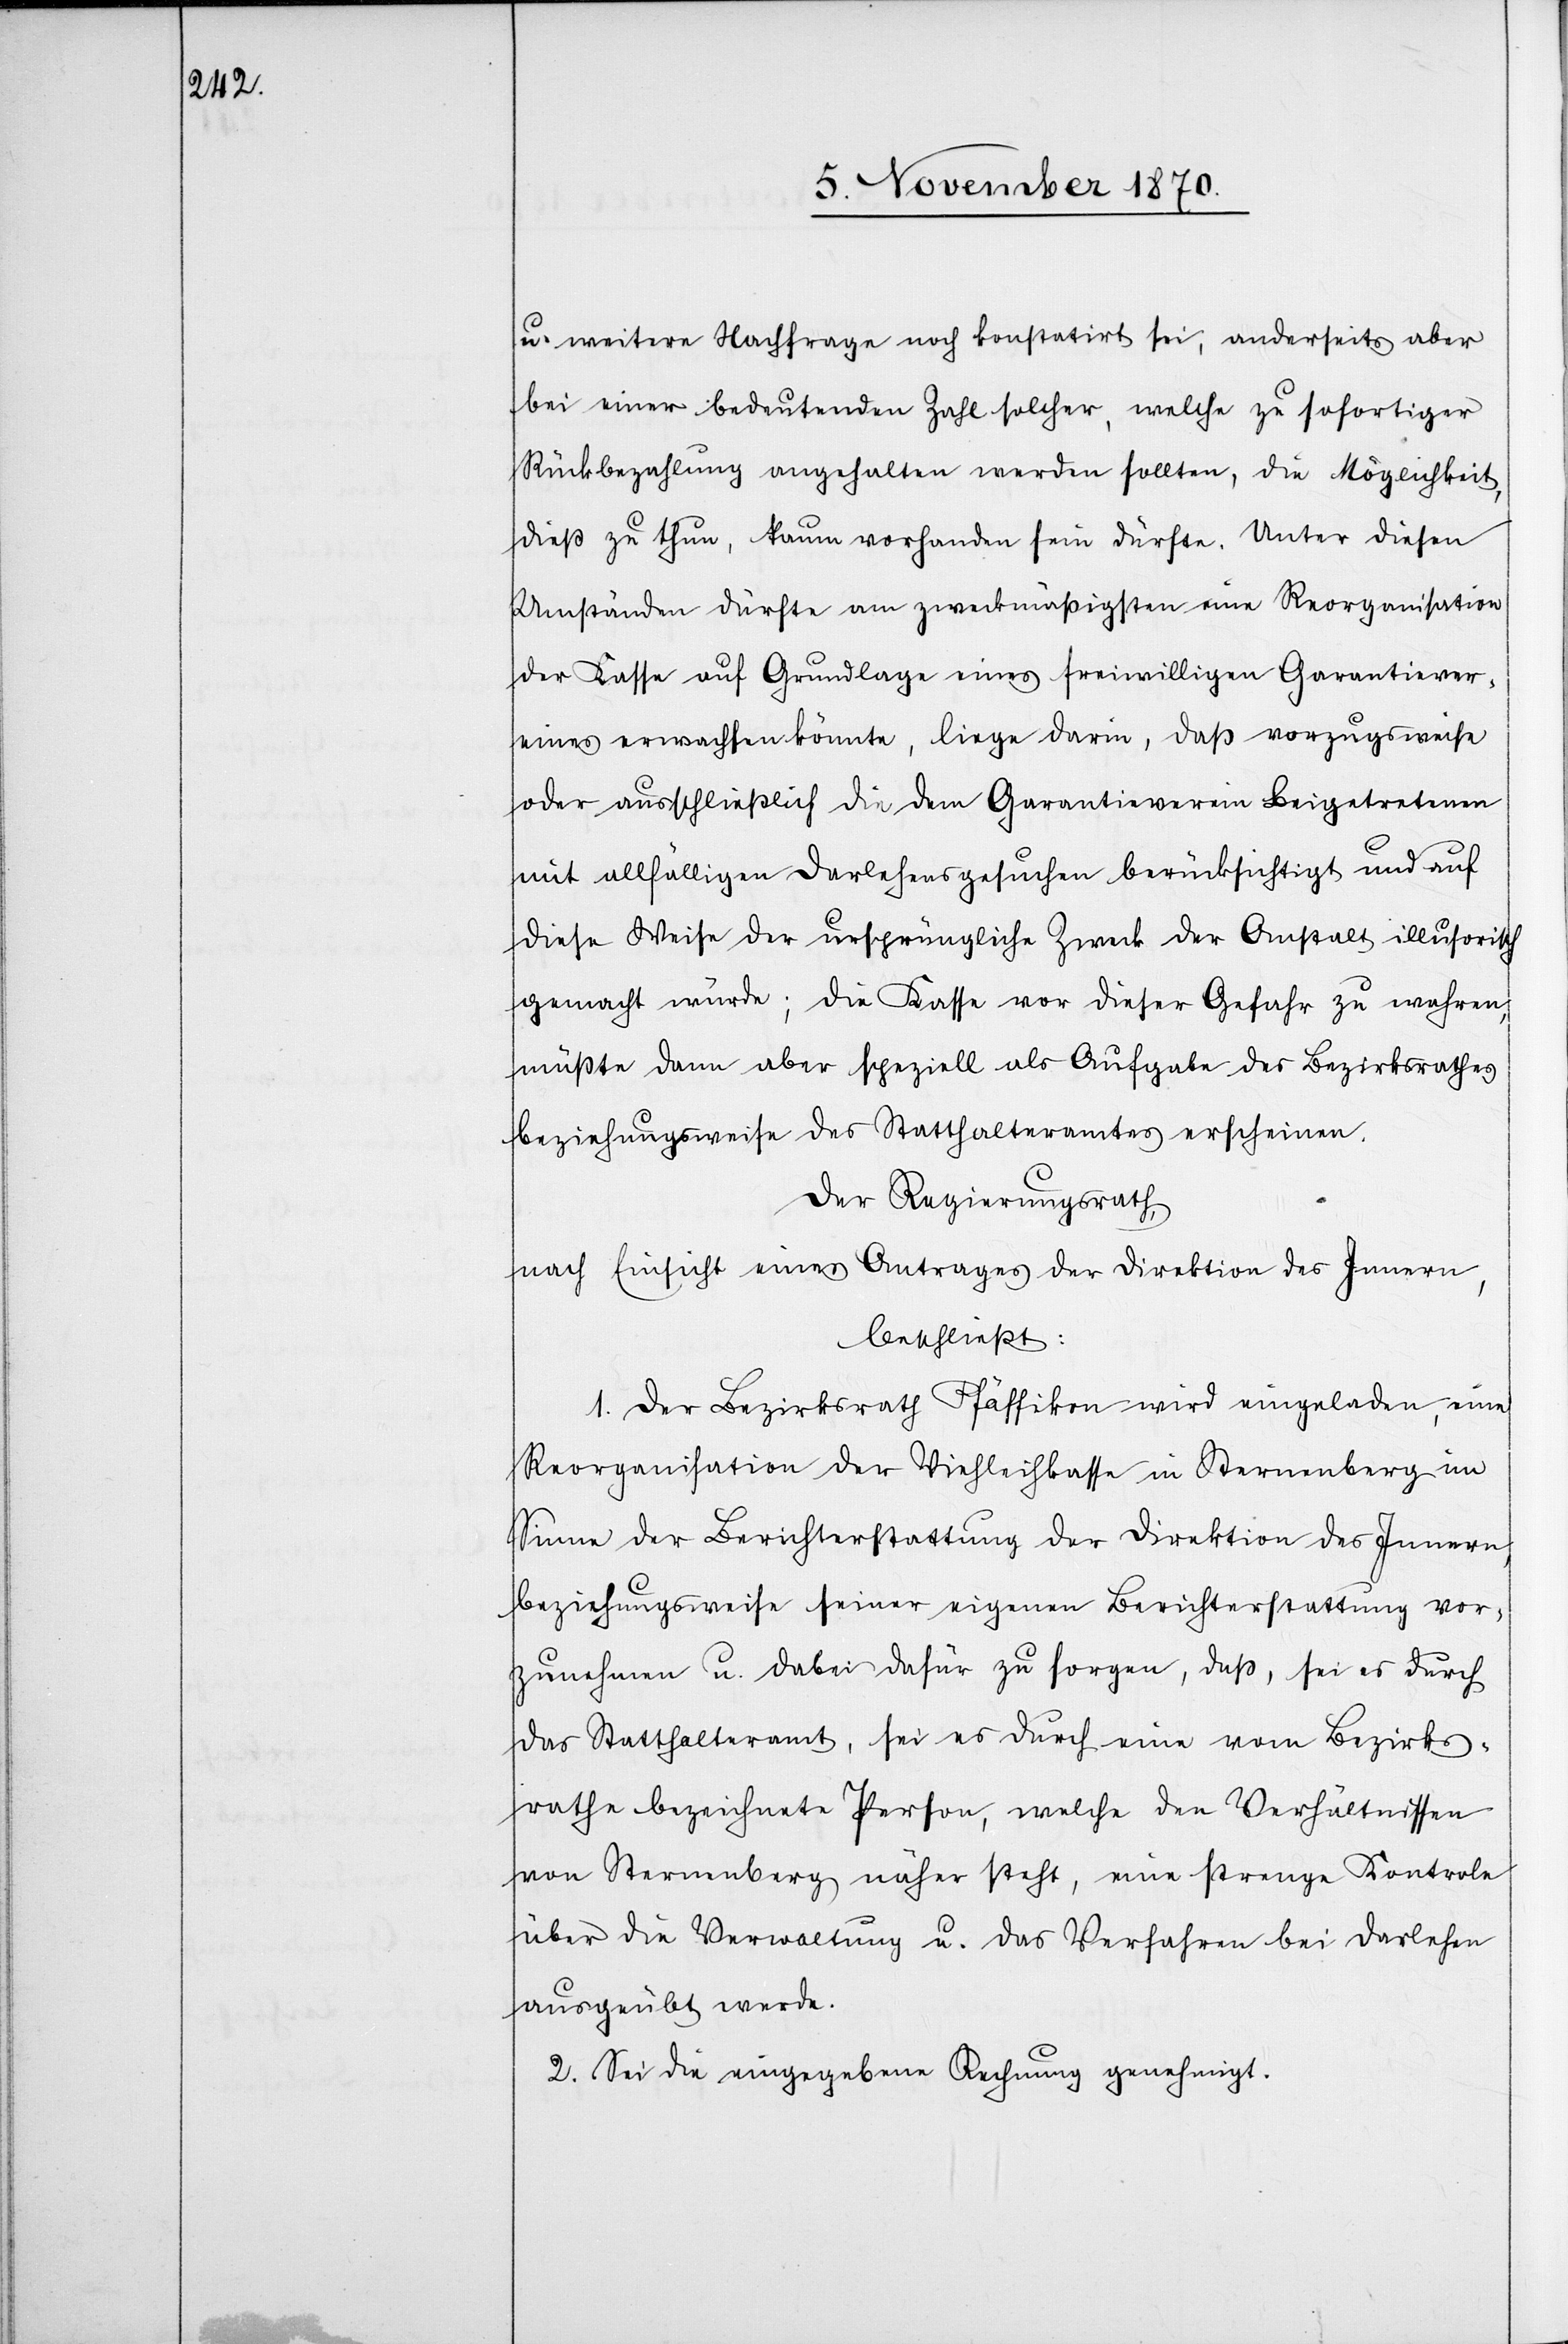
u. weitere Nachfrage noch konstatirt sei, anderseits aber
bei einer bedeutenden Zahl solcher, welche zu sofortiger
Rückbezahlung angehalten werden sollten, die Möglichkeit,
dieß zu thun, kaum vorhanden sein dürfte. Unter diesen
Umständen dürfte am zweckmäßigsten eine Reorganisation
der Kasse auf Grundlage eines freiwilligen Garantiever¬
eins erwachsen könnte, [sic!] liege darin, daß vorzugsweise
oder ausschließlich die dem Garantieverein Beigetretenen
mit allfälligen Darlehensgesuchen berücksichtigt und auf
diese Weise der ursprüngliche Zweck der Anstalt illusorisch
gemacht würde; die Kasse vor dieser Gefahr zu wahren,
müßte dann aber speziell als Aufgabe des Bezirksrathes
beziehungsweise des Statthalteramtes erscheinen.
Der Regierungsrath,
nach Einsicht eines Antrages der Direktion des Innern,
beschließt:
1. Der Bezirksrath Pfäffikon wird eingeladen, eine
Reorganisation der Viehleihkasse in Sternenberg im
Sinne der Berichterstattung der Direktion des Innern,
beziehungsweise seiner eigenen Berichterstattung vor¬
zunehmen u. dabei dafür zu sorgen, daß, sei es durch
das Statthalteramt, sei es durch eine vom Bezirks¬
rathe bezeichnete Person, welche den Verhältnissen
von Sternenberg näher steht, eine strenge Kontrolle
über die Verwaltung u. das Verfahren bei Darlehen
ausgeübt werde.
2. Sie die eingegebene Rechnung genehmigt.